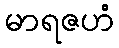
မာရဇဟံ